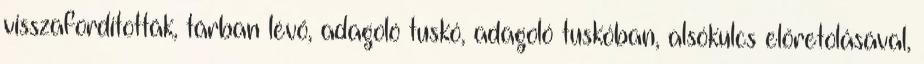
visszafordították, tárban lévő, adagoló tuskó, adagoló tuskóban, alsókulcs előretolásával,